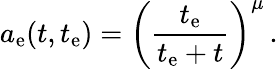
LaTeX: a_{\mathrm{e}}(t,t_{\mathrm{e}})=\left(\frac{t_{\mathrm{e}}}{t_{\mathrm{e}}+t}\right)^{\mu}\, .